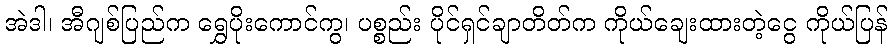
အဲဒါ၊ အီဂျစ်ပြည်က ရွှေပိုးကောင်ကွ၊ ပစ္စည်း ပိုင်ရှင်ချာတိတ်က ကိုယ်ချေးထားတဲ့ငွေ ကိုယ်ပြန်